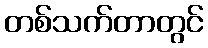
တစ်သက်တာတွင်